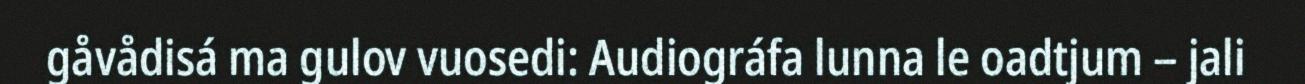
gåvådisá ma gulov vuosedi: Audiográfa lunna le oadtjum – jali